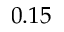
0 . 1 5